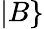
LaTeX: |B\}